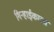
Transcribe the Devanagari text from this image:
गिऱ्हाईकाला